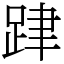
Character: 𨀞